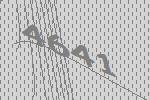
4641